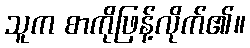
သူက စာကိုဖြန့်လိုက်၏။